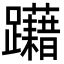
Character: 躤